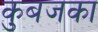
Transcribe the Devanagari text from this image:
कुबजका